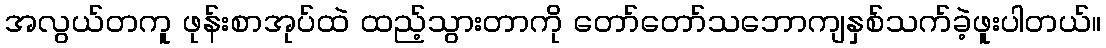
အလွယ်တကူ ဖုန်းစာအုပ်ထဲ ထည့်သွားတာကို တော်တော်သဘောကျနှစ်သက်ခဲ့ဖူးပါတယ်။